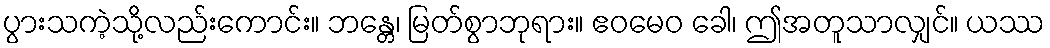
ပွားသကဲ့သို့လည်းကောင်း။ ဘန္တေ၊ မြတ်စွာဘုရား။ ဧဝမေဝ ခေါ၊ ဤအတူသာလျှင်။ ယဿ